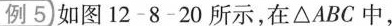
例5 如图12-8-20所示，在\triangle ABC 中，